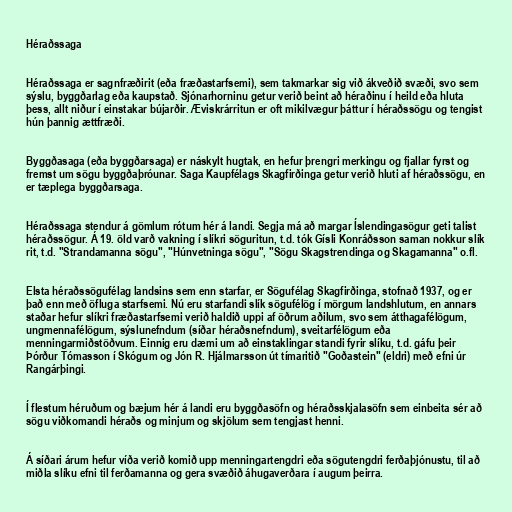
Héraðssaga

Héraðssaga er sagnfræðirit (eða fræðastarfsemi), sem takmarkar sig við ákveðið svæði, svo sem
sýslu, byggðarlag eða kaupstað. Sjónarhorninu getur verið beint að héraðinu í heild eða hluta
þess, allt niður í einstakar bújarðir. Æviskrárritun er oft mikilvægur þáttur í héraðssögu og tengist
hún þannig ættfræði.

Byggðasaga (eða byggðarsaga) er náskylt hugtak, en hefur þrengri merkingu og fjallar fyrst og
fremst um sögu byggðaþróunar. Saga Kaupfélags Skagfirðinga getur verið hluti af héraðssögu, en
er tæplega byggðarsaga.

Héraðssaga stendur á gömlum rótum hér á landi. Segja má að margar Íslendingasögur geti talist
héraðssögur. Á 19. öld varð vakning í slíkri söguritun, t.d. tók Gísli Konráðsson saman nokkur slík
rit, t.d. "Strandamanna sögu", "Húnvetninga sögu", "Sögu Skagstrendinga og Skagamanna" o.fl.

Elsta héraðssögufélag landsins sem enn starfar, er Sögufélag Skagfirðinga, stofnað 1937, og er
það enn með öfluga starfsemi. Nú eru starfandi slík sögufélög í mörgum landshlutum, en annars
staðar hefur slíkri fræðastarfsemi verið haldið uppi af öðrum aðilum, svo sem átthagafélögum,
ungmennafélögum, sýslunefndum (síðar héraðsnefndum), sveitarfélögum eða
menningarmiðstöðvum. Einnig eru dæmi um að einstaklingar standi fyrir slíku, t.d. gáfu þeir
Þórður Tómasson í Skógum og Jón R. Hjálmarsson út tímaritið "Goðastein" (eldri) með efni úr
Rangárþingi.

Í flestum héruðum og bæjum hér á landi eru byggðasöfn og héraðsskjalasöfn sem einbeita sér að
sögu viðkomandi héraðs og minjum og skjölum sem tengjast henni.

Á síðari árum hefur víða verið komið upp menningartengdri eða sögutengdri ferðaþjónustu, til að
miðla slíku efni til ferðamanna og gera svæðið áhugaverðara í augum þeirra.